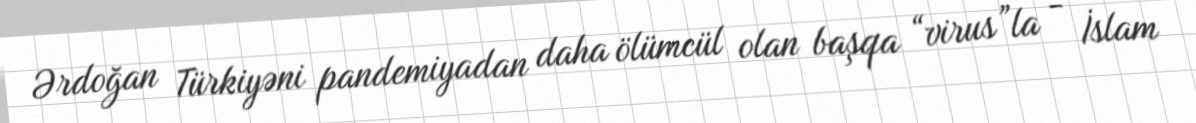
Ərdoğan Türkiyəni pandemiyadan daha ölümcül olan başqa “virus”la - İslam